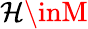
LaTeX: \mathcal{H}\inM